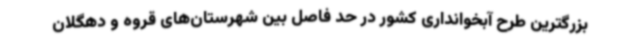
بزرگترین طرح آبخوانداری کشور در حد فاصل بین شهرستان‌های قروه و دهگلان